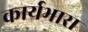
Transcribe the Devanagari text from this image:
कार्यभारा